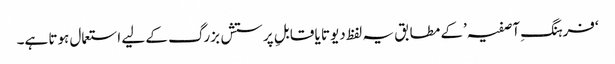
‘فرہنگِ آصفیہ’کے مطابق یہ لفظ دیوتا یا قابلِ پرستش بزرگ کے لیے استعمال ہوتا ہے۔